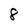
Character: 8